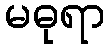
မဓုရာ